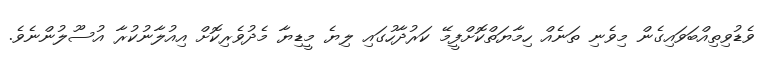
ވެޑުވިތިއްބަވައިގެން މިވެނި ތަނެއް ހިމާޔަތްކޮށްފީމޭ ކަރުދާހުގައި ލިޔެ މީޑިޔާ މެދުވެރިކޮށް އިއުލާނުކުރާ އުސޫލުންނެވެ.